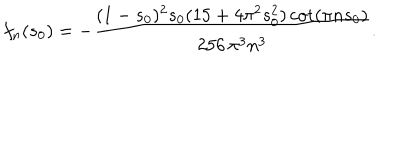
LaTeX: f _ { n } ( s _ { 0 } ) = - \frac { ( 1 - s _ { 0 } ) ^ { 2 } s _ { 0 } ( 1 5 + 4 \pi ^ { 2 } s _ { 0 } ^ { 2 } ) \cot ( \pi n s _ { 0 } ) } { 2 5 6 \, \pi ^ { 3 } n ^ { 3 } } .